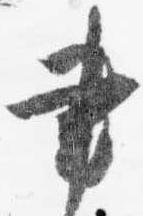
書